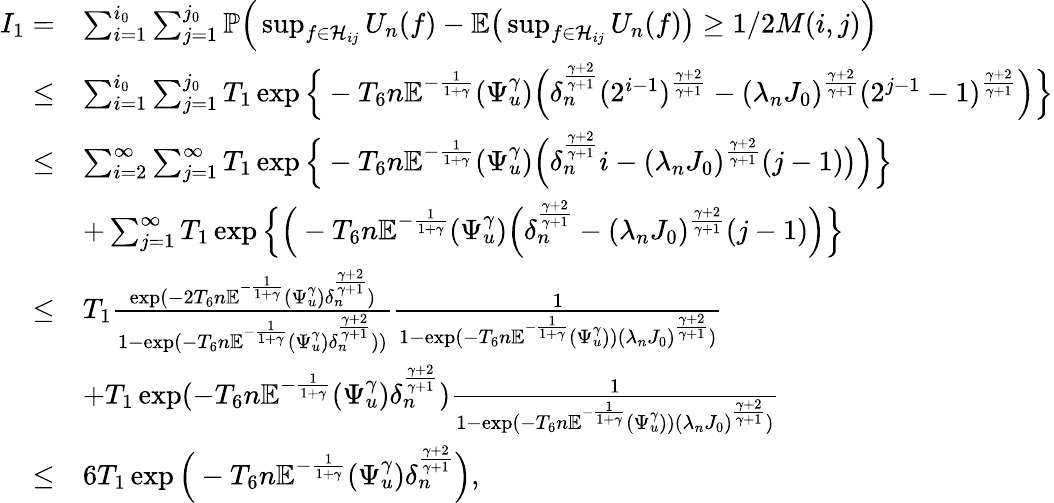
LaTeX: \begin{array}{rl}{I_{1}=}&{\sum_{i=1}^{i_{0}}\sum_{j=1}^{j_{0}}\mathbb{P}\Big(\operatorname*{sup}_{f\in\mathcal{H}_{ij}}U_{n}(f)-\mathbb{E}\big(\operatorname*{sup}_{f\in\mathcal{H}_{ij}}U_{n}(f)\big)\geq 1/2M(i,j)\Big)}\\ {\leq}&{\sum_{i=1}^{i_{0}}\sum_{j=1}^{j_{0}}T_{1}\exp\Big\{ -T_{6}n\mathbb{E}^{-\frac{1}{1+\gamma}}(\Psi_{u}^{\gamma})\Big(\delta_{n}^{\frac{\gamma+2}{\gamma+1}}(2^{i-1})^{\frac{\gamma+2}{\gamma+1}}-(\lambda_{n}J_{0})^{\frac{\gamma+2}{\gamma+1}}(2^{j-1}-1)^{\frac{\gamma+2}{\gamma+1}}\Big)\Big\} }\\ {\leq}&{\sum_{i=2}^{\infty}\sum_{j=1}^{\infty}T_{1}\exp\Big\{ -T_{6}n\mathbb{E}^{-\frac{1}{1+\gamma}}(\Psi_{u}^{\gamma})\Big(\delta_{n}^{\frac{\gamma+2}{\gamma+1}}i-(\lambda_{n}J_{0})^{\frac{\gamma+2}{\gamma+1}}(j-1)\big)\Big)\Big\} }\\ &{+\sum_{j=1}^{\infty}T_{1}\exp\Big\{ \Big(-T_{6}n\mathbb{E}^{-\frac{1}{1+\gamma}}(\Psi_{u}^{\gamma})\Big(\delta_{n}^{\frac{\gamma+2}{\gamma+1}}-(\lambda_{n}J_{0})^{\frac{\gamma+2}{\gamma+1}}(j-1)\Big)\Big\} }\\ {\leq}&{T_{1}\frac{\exp(-2T_{6}n\mathbb{E}^{-\frac{1}{1+\gamma}}(\Psi_{u}^{\gamma})\delta_{n}^{\frac{\gamma+2}{\gamma+1}})}{1-\exp(-T_{6}n\mathbb{E}^{-\frac{1}{1+\gamma}}(\Psi_{u}^{\gamma})\delta_{n}^{\frac{\gamma+2}{\gamma+1}}))}\frac{1}{1-\exp(-T_{6}n\mathbb{E}^{-\frac{1}{1+\gamma}}(\Psi_{u}^{\gamma}))(\lambda_{n}J_{0})^{\frac{\gamma+2}{\gamma+1}})}}\\ &{+T_{1}\exp(-T_{6}n\mathbb{E}^{-\frac{1}{1+\gamma}}(\Psi_{u}^{\gamma})\delta_{n}^{\frac{\gamma+2}{\gamma+1}})\frac{1}{1-\exp(-T_{6}n\mathbb{E}^{-\frac{1}{1+\gamma}}(\Psi_{u}^{\gamma}))(\lambda_{n}J_{0})^{\frac{\gamma+2}{\gamma+1}})}}\\ {\leq}&{6T_{1}\exp\Big(-T_{6}n\mathbb{E}^{-\frac{1}{1+\gamma}}(\Psi_{u}^{\gamma})\delta_{n}^{\frac{\gamma+2}{\gamma+1}}\Big),}\end{array}